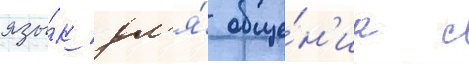
язы́к дл'я́ обще́н'иа с